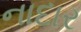
નાદાર